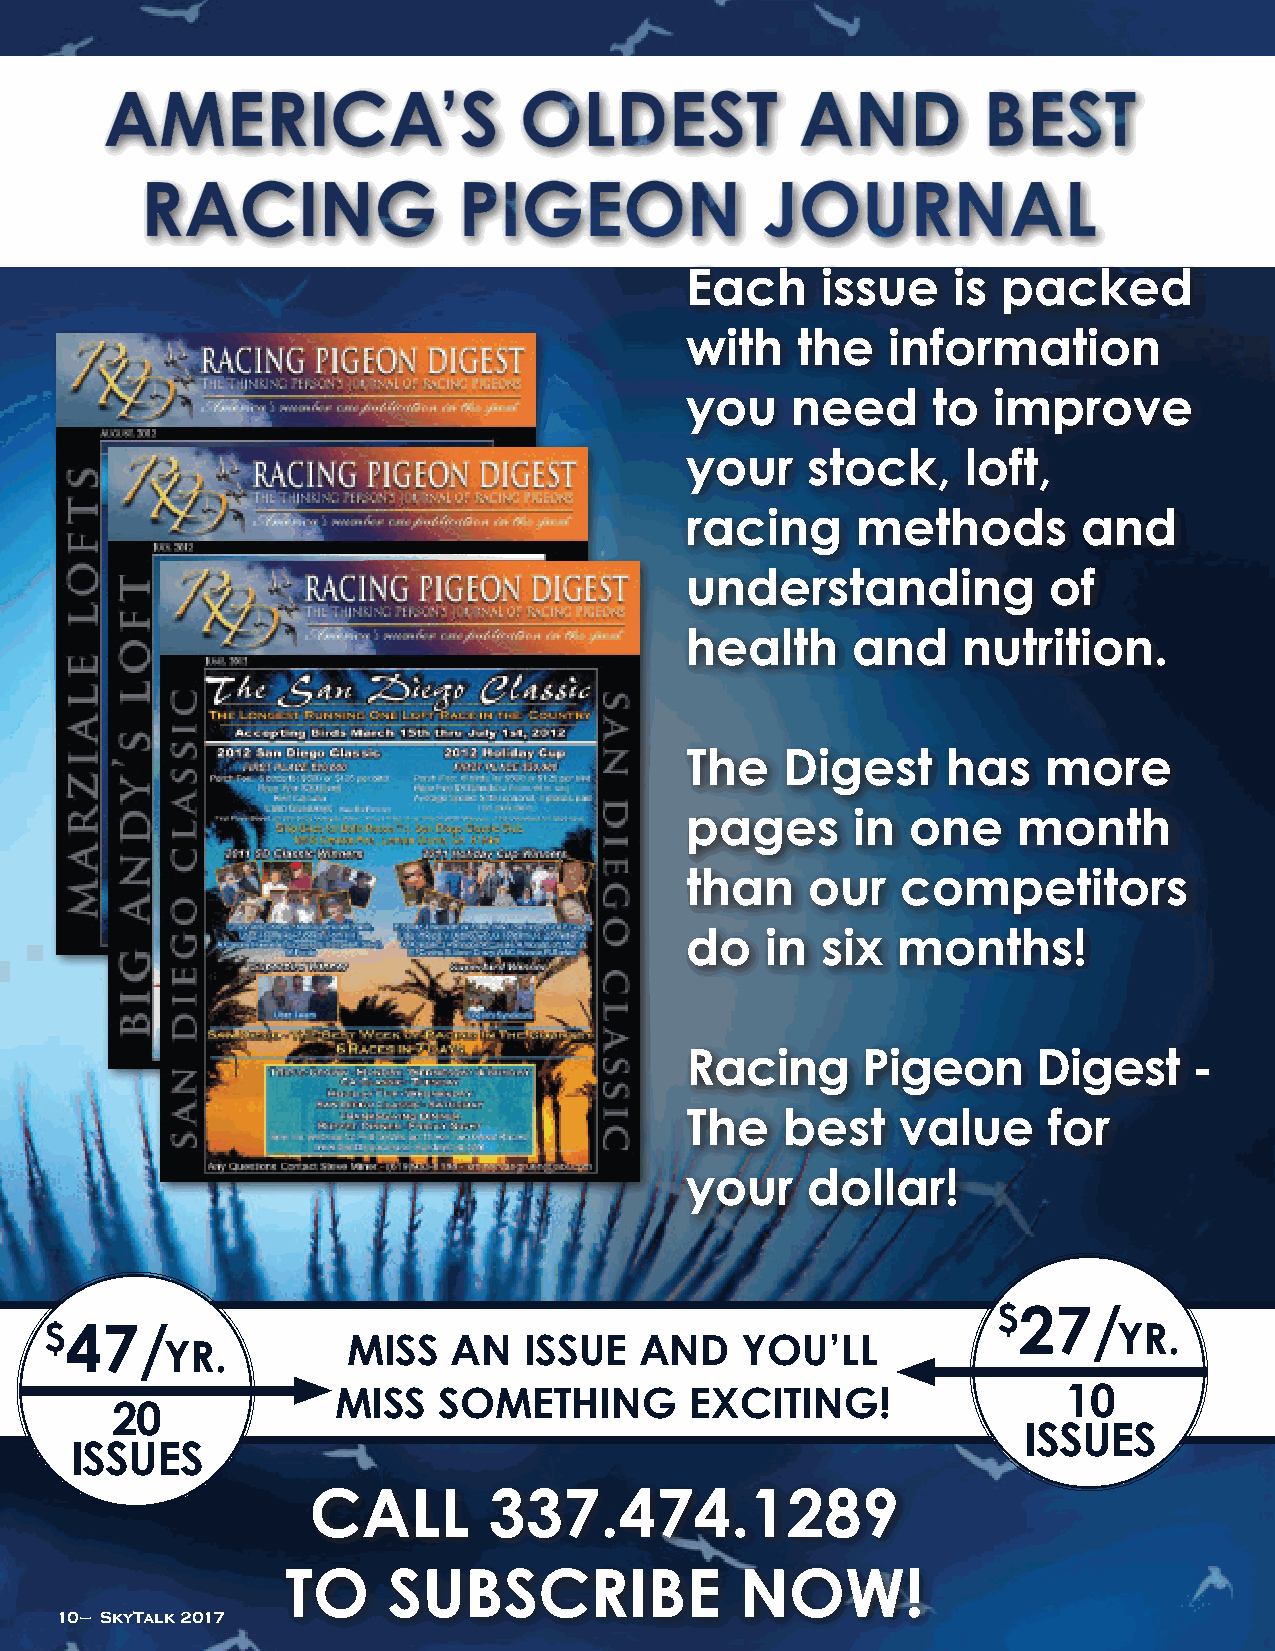
Each     issue    is packed
 with    the   information
 you    need      to  improve
 your    stock,     loft,
 racing      methods        and
 understanding           of
 health     and     nutrition.
 The    Digest     has   more
 pages      in  one    month
 than     our   competitors
 do    in six  months!
 Racing      Pigeon      Digest    -
 The    best    value    for
 your    dollar!
 $27/
 $47/                                                                   YR.
 miss   an   issuE  anD    You’ll
 YR.
 miss   somEThing        ExCiTing!                10
 20
 issuEs
 issuEs
 Call       337.474.1289
 To     subsCRibE              now!
 10 – SkyTalk 2017